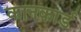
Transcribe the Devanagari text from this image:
कानकार्ड